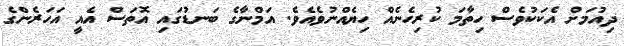
ދިއުމަށް އެކަކުވެސް ހިތާމަ ކުރިހެނެއް ހިޔެއްނުވެއެވެ. އަމްނާގެ ބަނޑުގައި އޮތަސް އެއީ އަހަރެންގެ